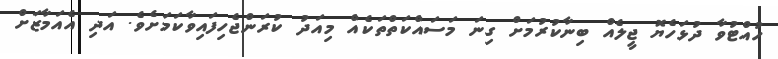
ހުއްޓުވާ ދުޅަހެޔޮ ޖީލެއް ބިނާކުރުމަށް ގިނަ މަސައްކަތްތަކެއް މިއަދު ކުރަންޖެހިފައިވާކަމަށެވެ. އަދި އެއަމާޒަށް